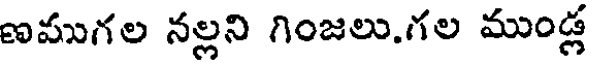
ణముగల నల్లని గింజలు.గల ముండ్ల